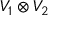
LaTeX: V _ { 1 } \otimes V _ { 2 }